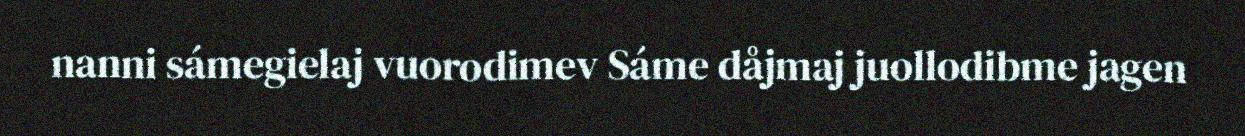
nanni sámegielaj vuorodimev Sáme dåjmaj juollodibme jagen